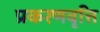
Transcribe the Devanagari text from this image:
प्रकरणवृत्ति